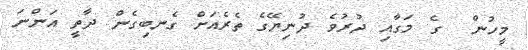
މީހުން  ގެ މަގާއި ދުރުވެ ދުނިޔޭގެ ތެރެއަށް ގެނބިގެން ދާތީ އަންނަ